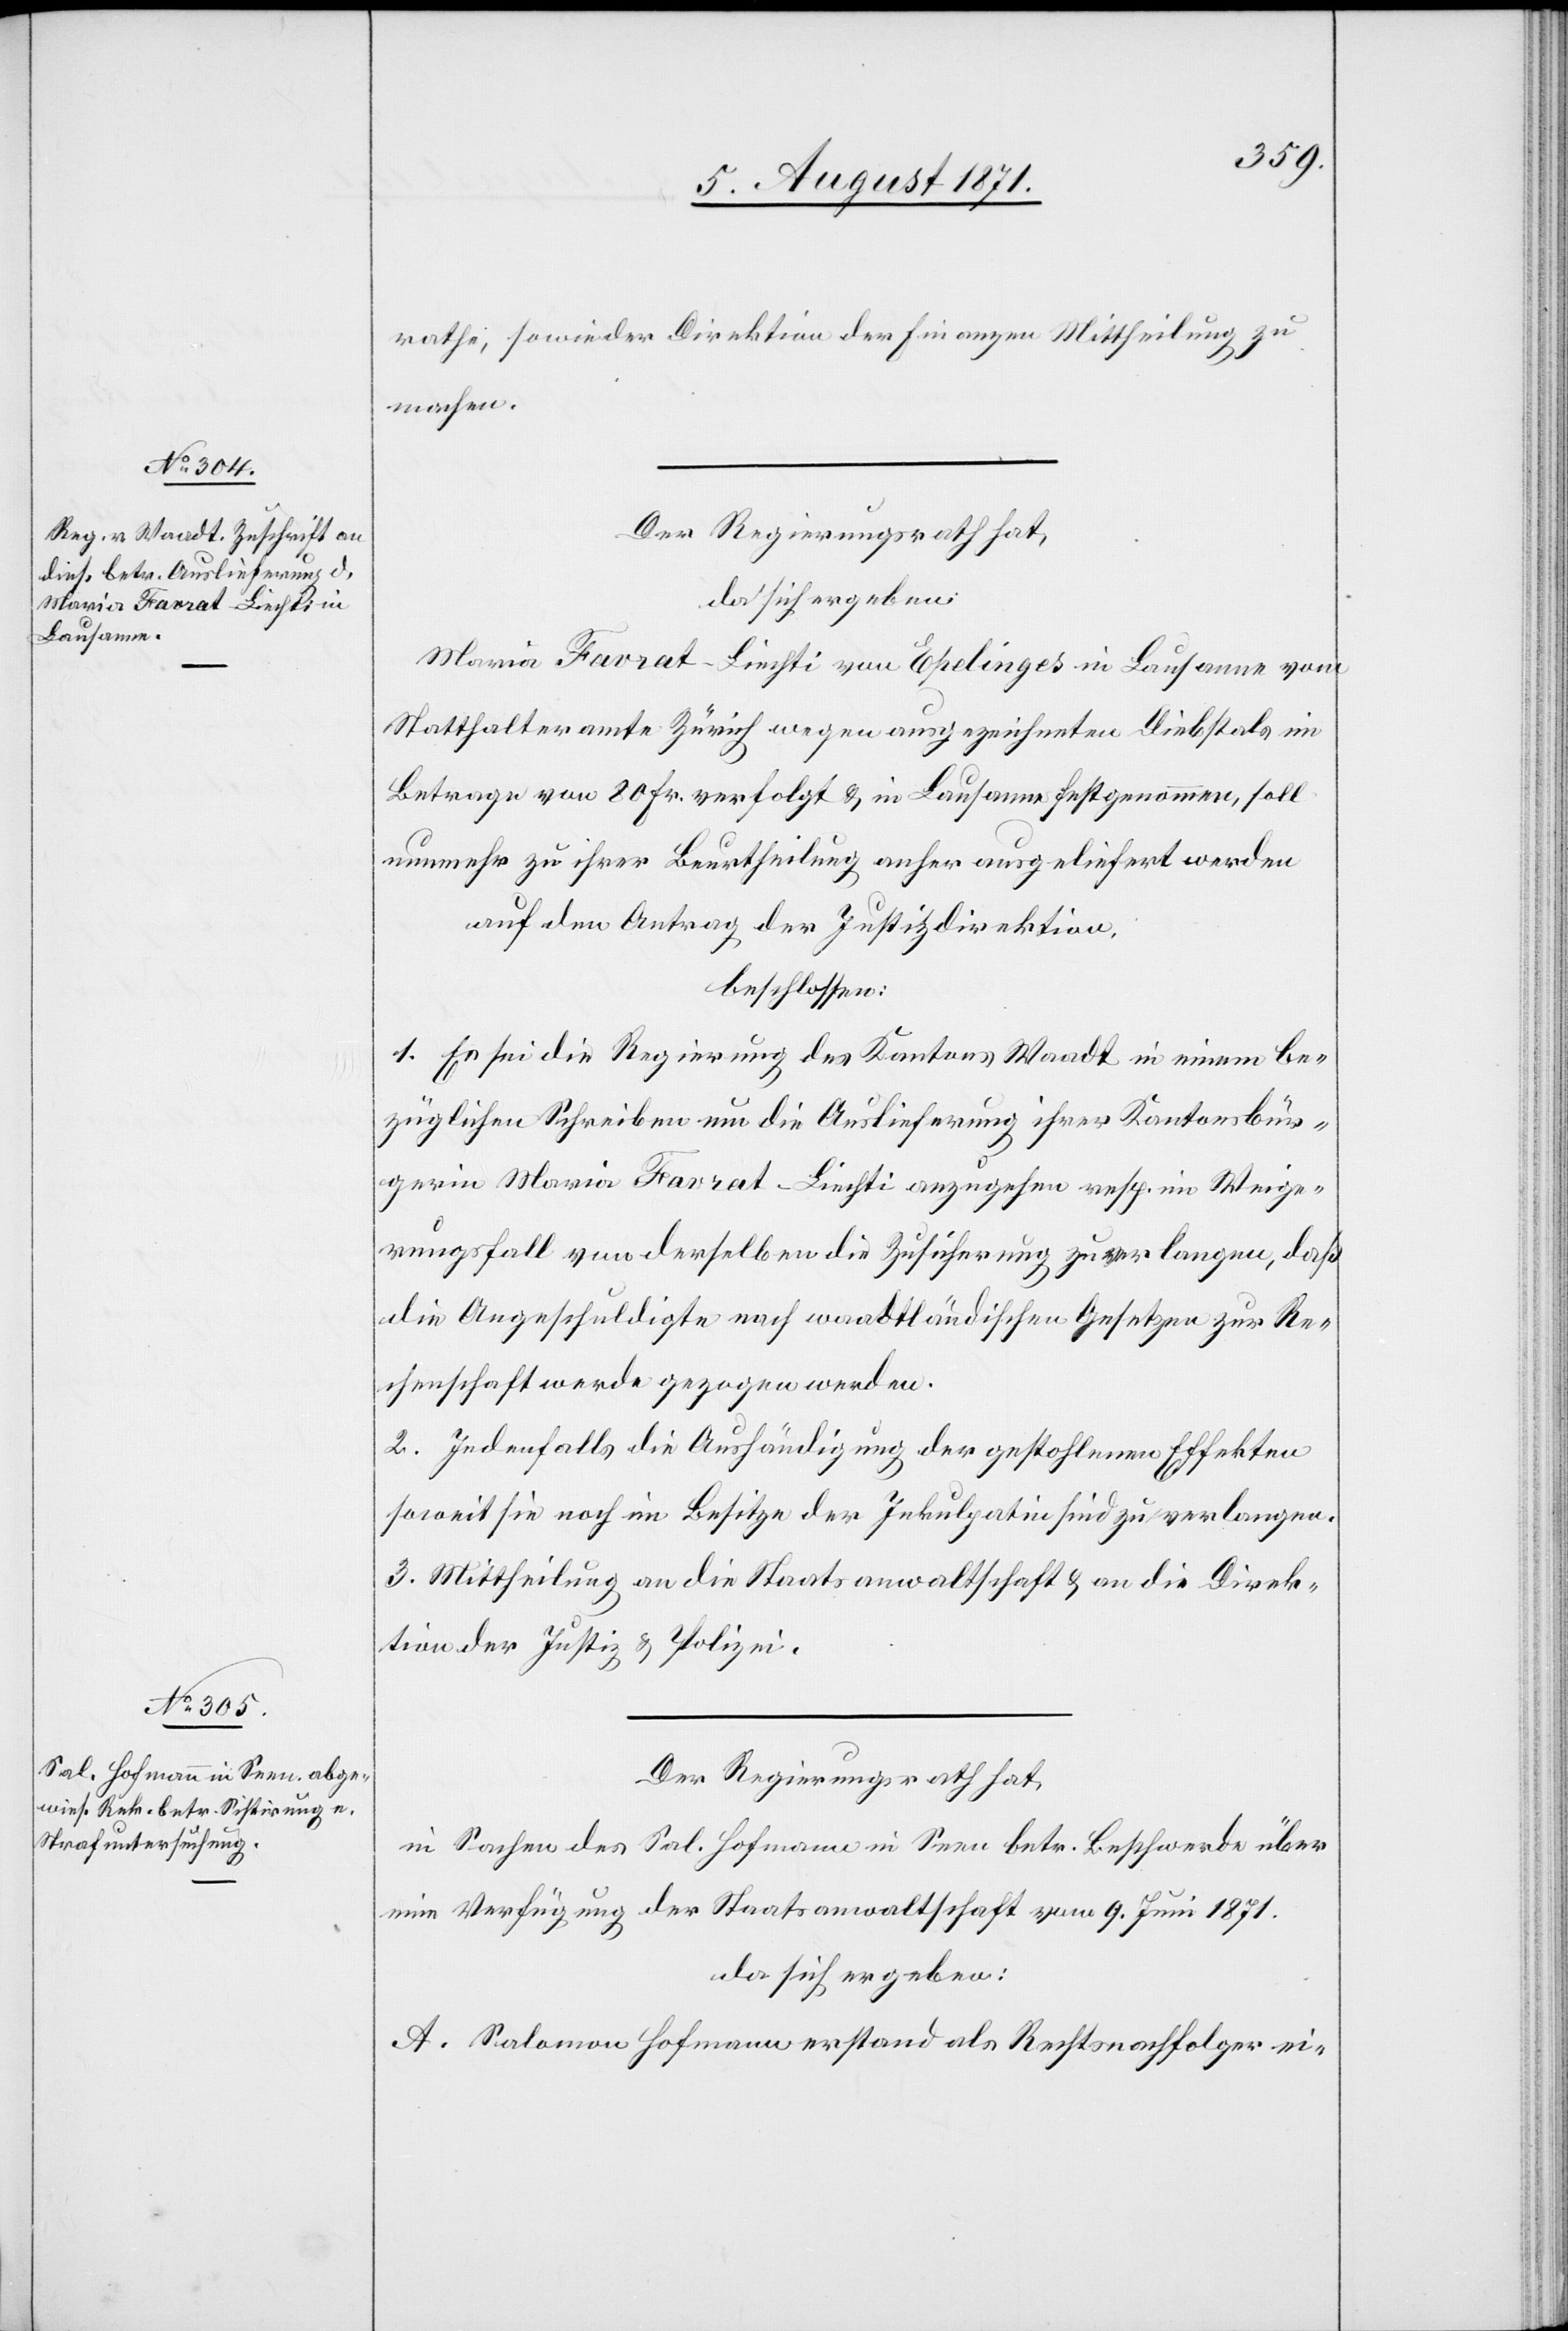
rathe, so wie der Direktion der Finanzen Mittheilung zu
machen.
Der Regierungsrath hat,
da sich ergeben:
Maria Favrat-Liechti von Epelinges in Lausanne vom
Statthalteramte Zürich wegen ausgezeichneten Diebstals im
Betrage von 20 Fr. verfolgt u. in Lausanne festgenommen, soll
nunmehr zu ihrer Beurtheilung anher ausgeliefert werden
auf den Antrag der Justizdirektion,
beschlossen:
1. Es sei die Regierung des Kantons Waadt in einem be¬
züglichen Schreiben um die Auslieferung ihrer Kantonsbür¬
gerin Maria Favrat-Liechti anzugehen resp. im Weige¬
rungsfall von derselben die Zusicherung zu verlangen, daß
die Angeschuldigte nach waadtländischen Gesetzen zur Re¬
chenschaft werde gezogen werden.
2. Jedenfalls die Aushändigung der gestohlenen Effekten
soweit sie noch im Besitze der Inkulpatin sind zu verlangen.
3. Mittheilung an die Staatsanwaltschaft u. an die Direk¬
tion der Justiz u. Polizei.
Der Regierungsrath hat,
in Sachen des Sal. Hofmann in Seen betr. Beschwerde über
eine Verfügung der Staatsanwaltschaft vom 9. Juni 1871.
da sich ergeben:
A. Salomon Hofmann erstand als Rechtsnachfolger ei-